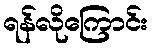
ရန်လိုကြောင်း